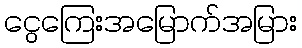
ငွေကြေးအမြောက်အမြား